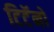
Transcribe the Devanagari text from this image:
टिटॅनो